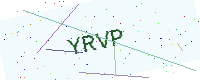
Text: YRVP